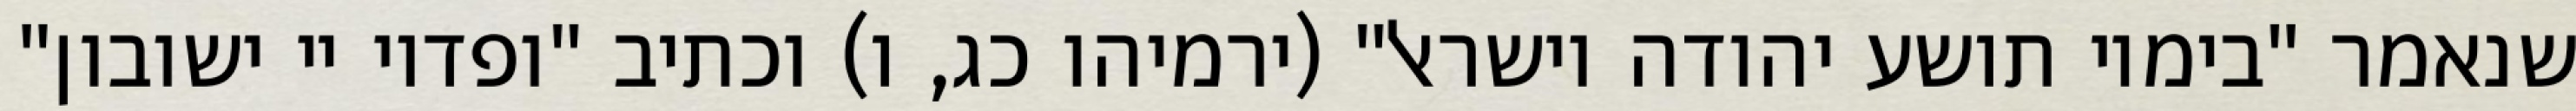
שנאמר "בימיו תושע יהודה וישראל" (ירמיהו כג, ו) וכתיב "ופדוי יי ישובון"